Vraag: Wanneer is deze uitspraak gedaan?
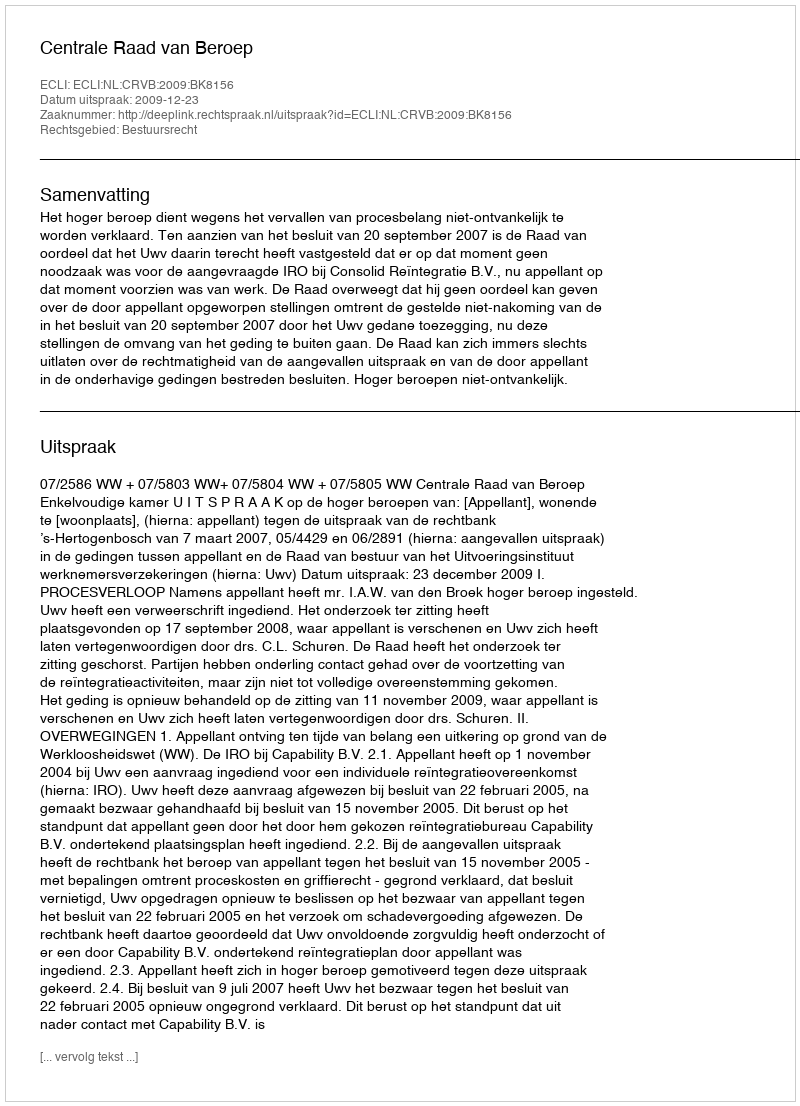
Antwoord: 2009-12-23